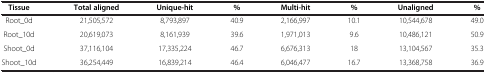
<table><thead><tr><td><b>Tissue</b></td><td><b>Total aligned</b></td><td><b>Unique-hit</b></td><td><b>%</b></td><td><b>Multi-hit</b></td><td><b>%</b></td><td><b>Unaligned</b></td><td><b>%</b></td></tr></thead><tbody><tr><td>Root_0d</td><td>21,505,572</td><td>8,793,897</td><td>40.9</td><td>2,166,997</td><td>10.1</td><td>10,544,678</td><td>49.0</td></tr><tr><td>Root_10d</td><td>20,619,073</td><td>8,161,939</td><td>39.6</td><td>1,971,013</td><td>9.6</td><td>10,486,121</td><td>50.9</td></tr><tr><td>Shoot_0d</td><td>37,116,104</td><td>17,335,224</td><td>46.7</td><td>6,676,313</td><td>18</td><td>13,104,567</td><td>35.3</td></tr><tr><td>Shoot_10d</td><td>36,254,449</td><td>16,839,214</td><td>46.4</td><td>6,046,477</td><td>16.7</td><td>13,368,758</td><td>36.9</td></tr></tbody></table>